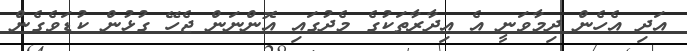
އަދި އެހެން ދިމާވަނީ އެ އިދާރާތަކުގެ މެދުގައި އޮންނަން ޖެހޭ ގުޅުން ކުޑަވެގެން